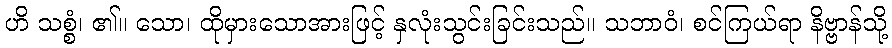
ဟိ သစ္စံ၊ ၏။ သော၊ ထိုမှားသောအားဖြင့် နှလုံးသွင်းခြင်းသည်။ သဘာဝံ၊ စင်ကြယ်ရာ နိဗ္ဗာန်သို့